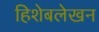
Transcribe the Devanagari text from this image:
हिशेबलेखन